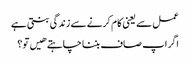
عمل سے یعنی کام کرنے سے زندگی بنتی ہے
اگر اپ صاف بننا چاہتے هیں تو ؟